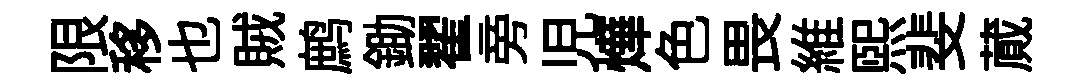
限移也賊鹧鋤翟旁児燁色畏維熙斐蕆